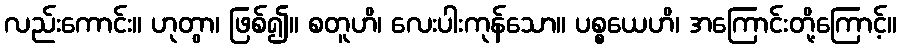
လည်းကောင်း။ ဟုတွာ၊ ဖြစ်၍။ စတူဟိ၊ လေးပါးကုန်သော။ ပစ္စယေဟိ၊ အကြောင်းတို့ကြောင့်။